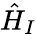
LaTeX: \hat{H}_{I}